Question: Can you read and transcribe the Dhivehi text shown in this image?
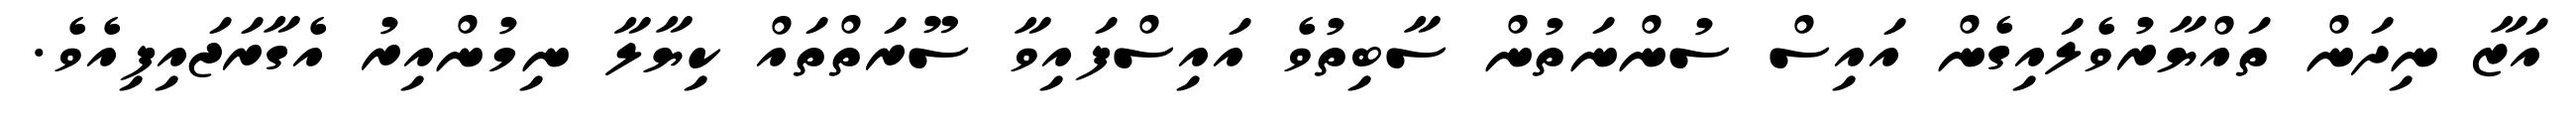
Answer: އަޒާ ނިދަން ތައްޔާރުވެލައިގެން އައިސް ސުންނަތުން ސާބިތުވެ އައިސްފައިވާ ސޫރަތްތައް ކިޔާލާ ނިމުންއިރު އެގާރަޖައިފިއެވެ.